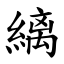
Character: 縭